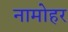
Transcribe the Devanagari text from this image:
नामोहर